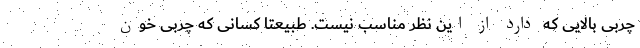
چربی بالایی که دارد از این نظر مناسب نیست. طبیعتا کسانی که چربی خون